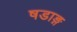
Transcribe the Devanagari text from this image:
षडाङ्ग